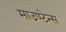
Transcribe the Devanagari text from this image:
माउण्टेन्स